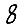
Digit: 8